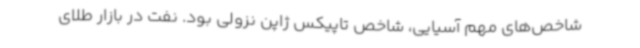
شاخص‌های مهم آسیایی، شاخص تاپیکس ژاپن نزولی بود. نفت در بازار طلای